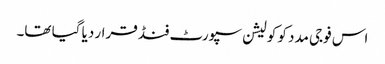
اس فوجی مدد کو کولیشن سپورٹ فنڈ قرار دیا گیا تھا۔